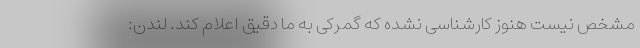
مشخص نیست هنوز کارشناسی نشده که گمرکی به ما دقیق اعلام کند. لندن: